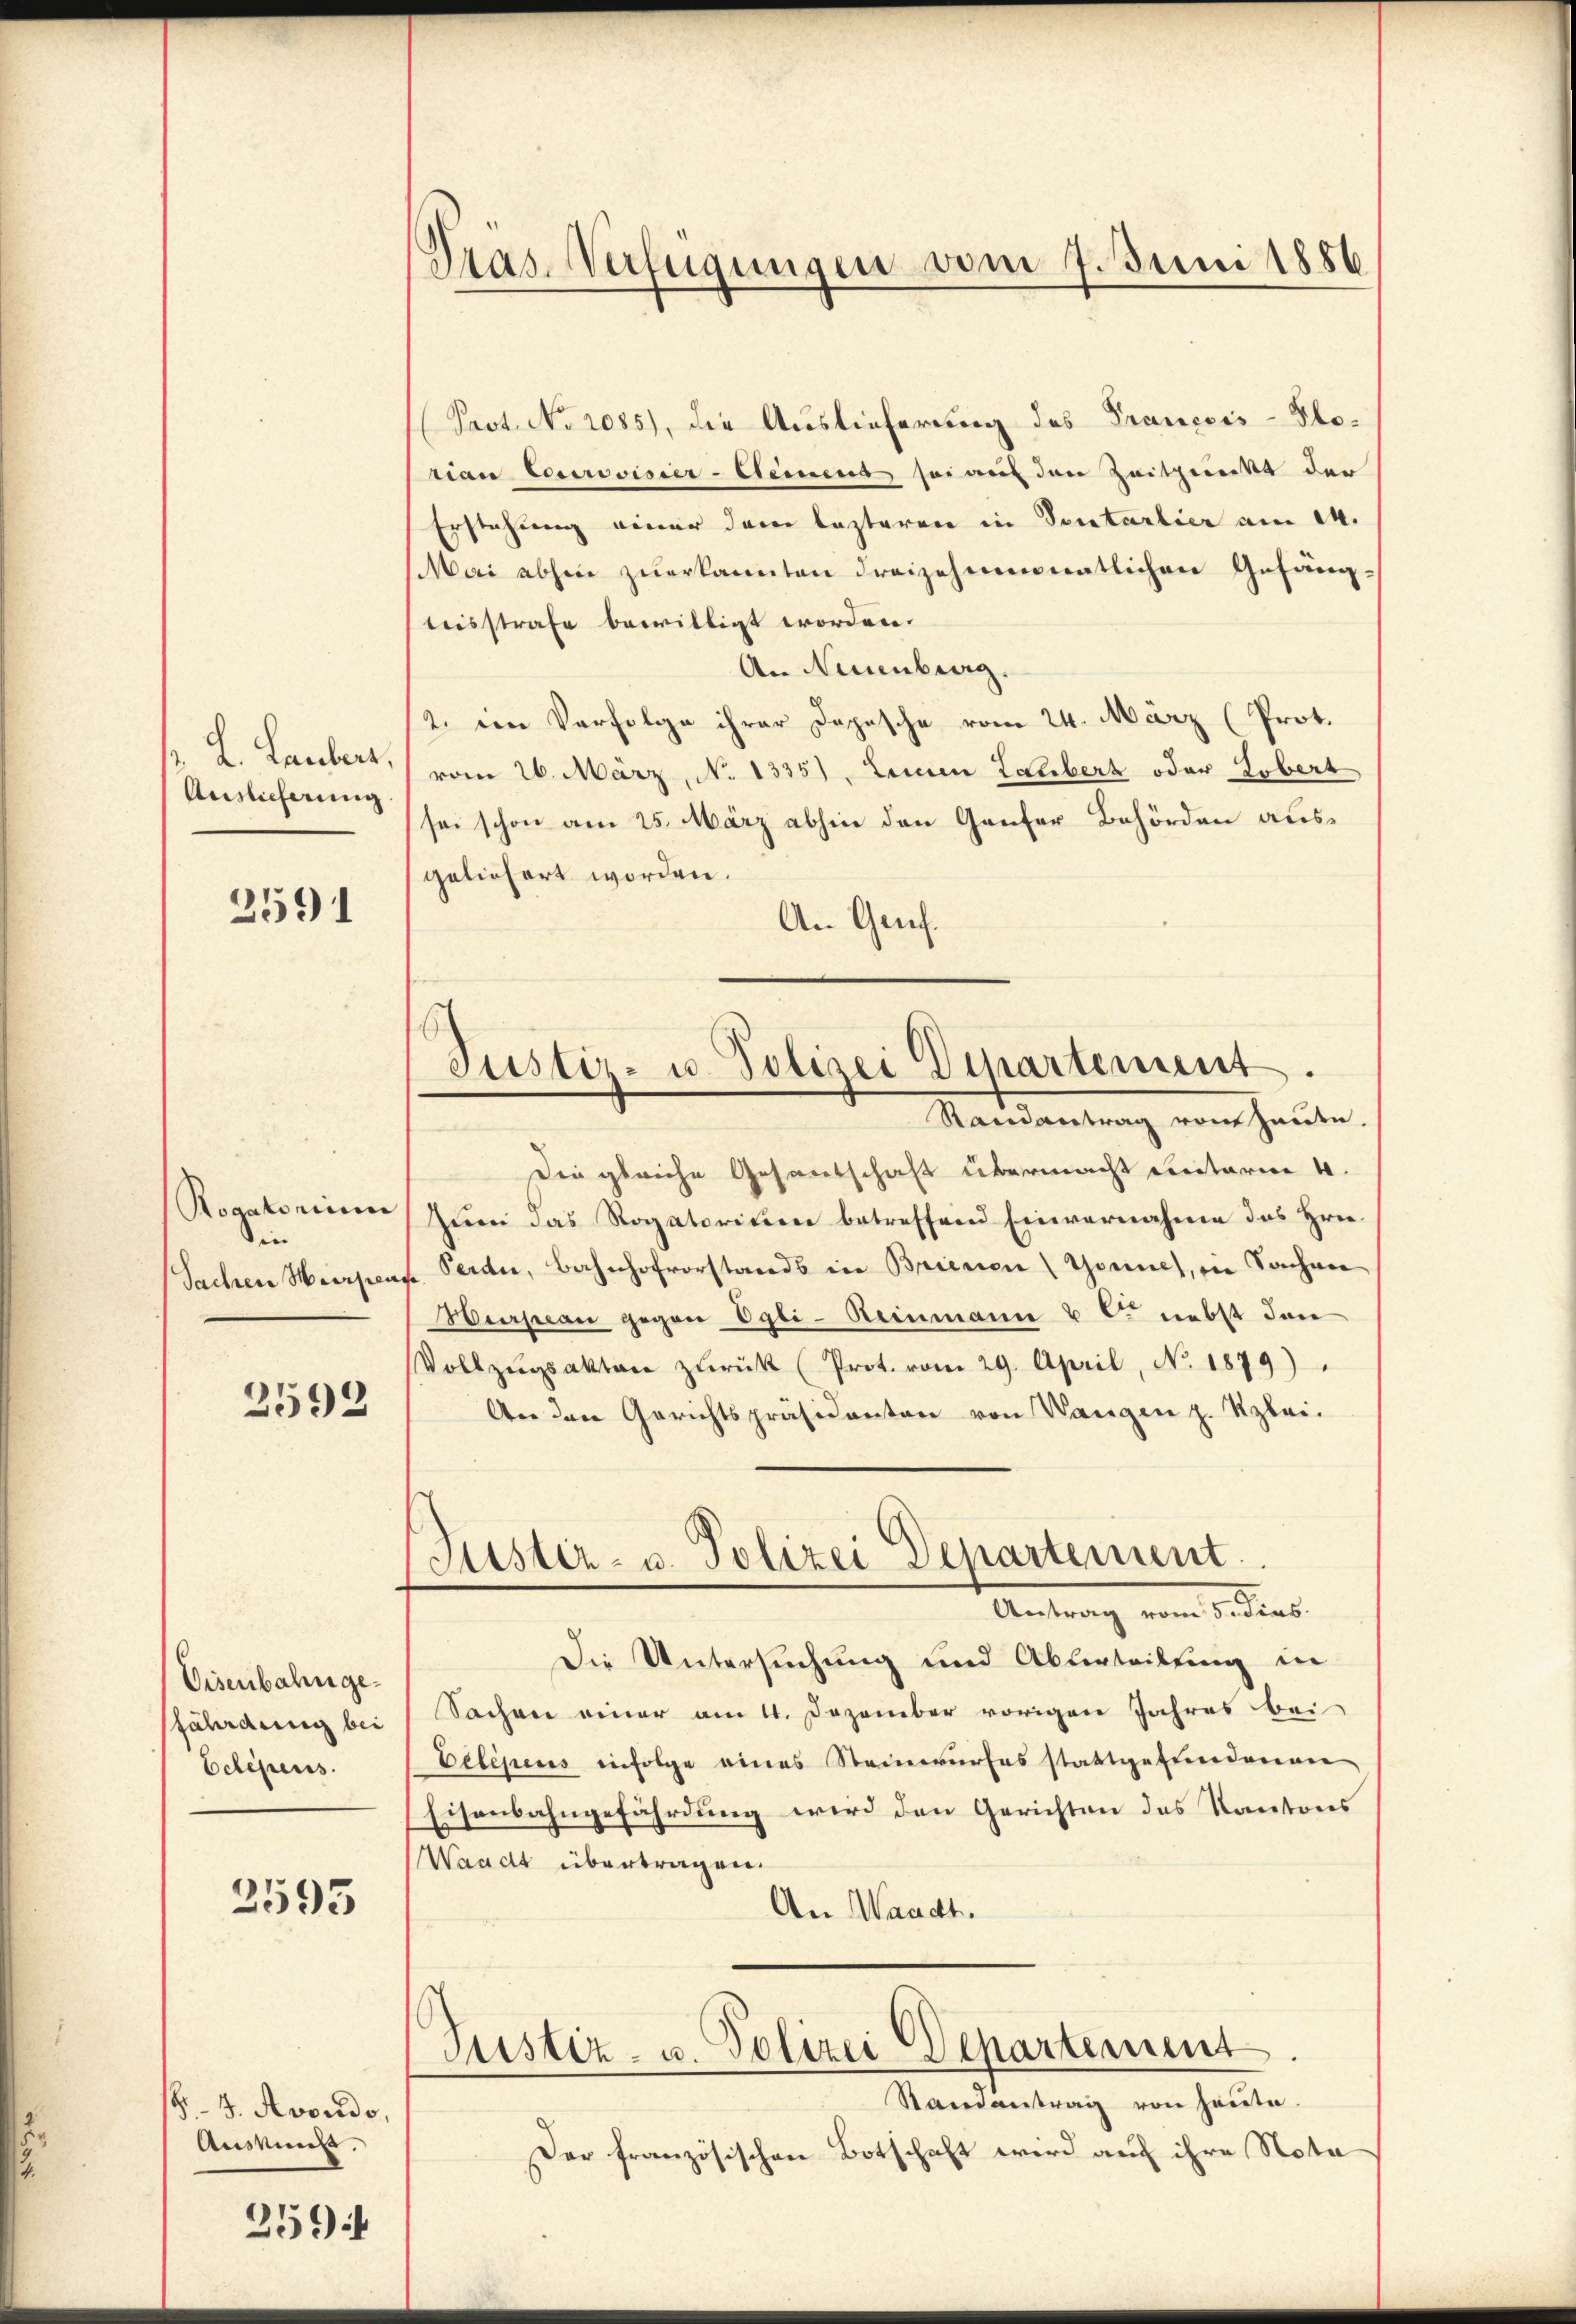
L. Laubers,
Auslieferung

2591

Rogatorium
din
Sachen Werper

2592

Eisenbahngefährdung bei
Eclegens.

2595

§. 4. Avondo,
Ausmes.

254

Gras-Verfügungen vom 7. Juni 1886

(Past No 1085), die Auslieferung des Trancois-Plorian Courovisier-Steinend sei auf den Zeitpunkt der
Erstehung einer dem lezteren in Tentarlier am 14.
Mai abhin zŭerkannten dreizehnmonatlichen Gefäng-
teisstrafe bewilligt worden.
An Neuenburg.
2. im Verfolge ihrer Depesche vom 24. März (Prot.
vom 26. März, No 1335). Den Zeliber oder Lobert
sei schon am 25. März abhin den Ganter Behörden ausgeliefert worden.
An Genf.
Randantrag vom Haute.
Die gleiche Gesantschaft übermacht meterm 4.
Zŭm das Rogatoritien betreffend Einvernahme das Hrn.
Perde, Bahnhofvorstands in Brienen Tonnes, in Sachen
Hurpeau gegen Egli-Reinmann u C. nebst den
Vollzŭgsakten zŭrück (Prot. vom 29. April, No. 1879).
An den Gerichtspräsidenten von Wangen z. Kzlei-
Justiz- u. Polizei Departement
Antrag vom 1. dies
Die Untersuchung und Abverteilung in
Sachen einer am 4. Dezember vorigen Jahres bei
Eelesens infolge eines Steinwurfes stattgefundenen
Eisenbahngefährdung wird den Gerichten des Kantons
Waadt übertragen.
An Waadt.
Justiz- u. Polizei Departement
Randantrag von heute.
Der französischen Botschaft wird auf ihre Nota

Justiz- u. Polizei Departement